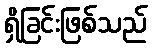
ရှိခြင်းဖြစ်သည်